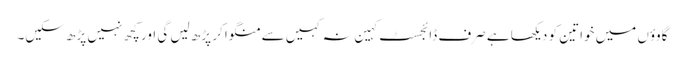
گاوؤں میں خواتین کو دیکھا ہے صرف ڈائجسٹ کہین نہ کہیں سے منگوا کر پڑھ لیں گی اور کچھ نہیں پڑھ سکیں۔